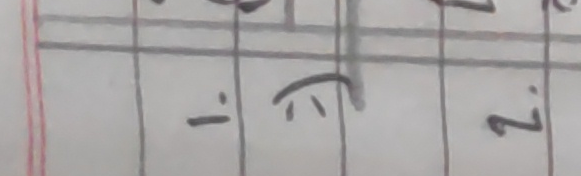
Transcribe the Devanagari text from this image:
र्ह